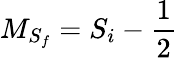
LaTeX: {M}_{{S}_{f}}={S}_{i}-\frac{1}{2}